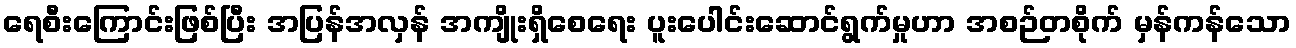
ရေစီးကြောင်းဖြစ်ပြီး အပြန်အလှန် အကျိုးရှိစေရေး ပူးပေါင်းဆောင်ရွက်မှုဟာ အစဉ်တစိုက် မှန်ကန်သော